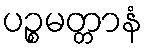
ပဉ္စမတ္တာနံ